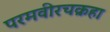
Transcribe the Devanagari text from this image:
परमवीरचक्रहा